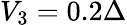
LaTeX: V_{3}=0.2\Delta